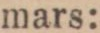
mars: